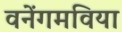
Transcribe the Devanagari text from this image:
वनेंगमविया